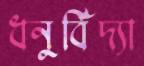
ধনুর্বিদ্যা